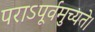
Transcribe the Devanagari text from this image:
पराऽपूर्वमुच्यते।